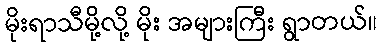
မိုးရာသီမို့လို့ မိုး အများကြီး ရွာတယ်။